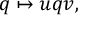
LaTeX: q \mapsto u q v ,